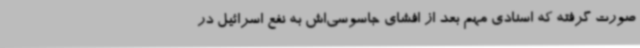
صورت گرفته که اسنادی مهم بعد از افشای جاسوسی‌اش به نفع اسرائیل در